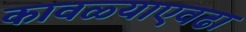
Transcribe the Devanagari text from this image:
कावळ्याएवढा